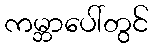
ကမ္ဘာပေါ်တွင်